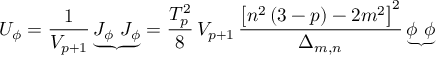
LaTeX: U _ { \phi } = \frac { 1 } { V _ { p + 1 } } \, { \underbrace { J _ { \phi } ~ J _ { \phi } } } = \frac { T _ { p } ^ { 2 } } { 8 } \, V _ { p + 1 } \, \frac { \left[ n ^ { 2 } \, ( 3 - p ) - 2 m ^ { 2 } \right] ^ { 2 } } { \Delta _ { m , n } } \, { \underbrace { \phi ~ \phi } }